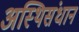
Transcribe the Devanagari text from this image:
अस्थिसंधान